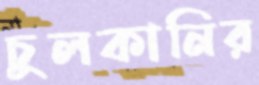
চুলকানির